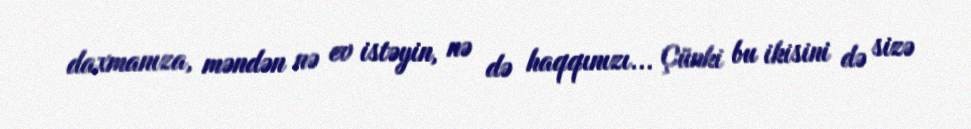
daxmanıza, məndən nə ev istəyin, nə də haqqınızı... Çünki bu ikisini də sizə